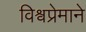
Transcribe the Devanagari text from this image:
विश्वप्रेमाने